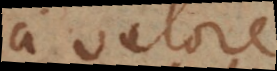
a valore